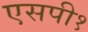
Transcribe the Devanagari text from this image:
एसपी१